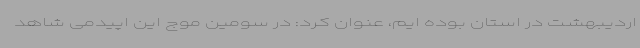
اردیبهشت در استان بوده ایم، عنوان کرد: در سومین موج این اپیدمی شاهد